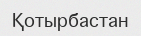
Қотырбастан